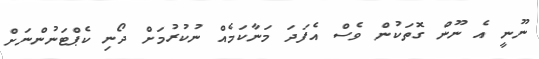
ނޫނީ އެ ނޫން ގޮތަކުން ވެސް އެފަދަ މަނާކަމެއް ނުކުރުމަށް ދޯނި ކެޕްޓަނުންނަށް